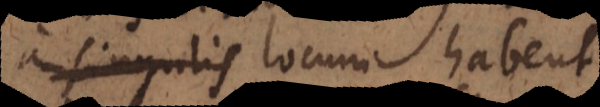
a singulis locum habent.